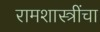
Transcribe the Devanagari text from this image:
रामशास्त्रींचा